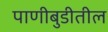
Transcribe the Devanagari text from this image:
पाणीबुडीतील